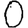
Digit: 0